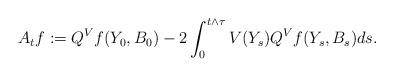
LaTeX: \begin{align*}A_t f:=Q^Vf(Y_0,B_0)-2\int_0^{t\wedge \tau} V(Y_s) Q^V f(Y_s, B_s) ds.\end{align*}